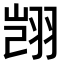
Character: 𫅥